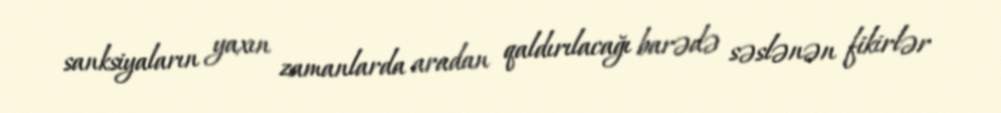
sanksiyaların yaxın zamanlarda aradan qaldırılacağı barədə səslənən fikirlər